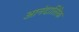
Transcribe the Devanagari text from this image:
आनंदातिरेक